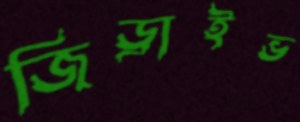
জিড্রাইভ